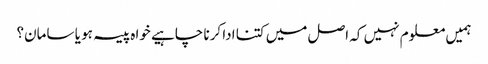
ہمیں معلوم نہیں کہ اصل میں کتنا ادا کرنا چاہیے خواہ پیسہ ہو یا سامان؟